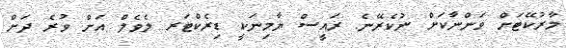
މާރުކޭޓަށް ވަންނާކަށް ނުކެރޭނެ. ރައީސް ޔާމިނަކީ ޑިރެކްޓަރ ލެވެލް އަށް ވުރެ ދަށް